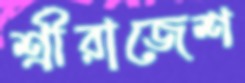
শ্রীরাজেশ